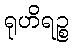
ရုဟိရဉ္စ